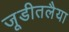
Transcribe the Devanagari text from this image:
जूडीतलैया